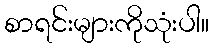
စာရင်းများကိုသုံးပါ။